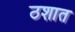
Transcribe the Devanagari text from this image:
ठशात